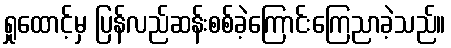
ရှုထောင့်မှ ပြန်လည်ဆန်းစစ်ခဲ့ကြောင်းကြေညာခဲ့သည်။